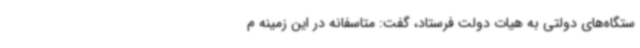
ستگاه‌های دولتی به هیات دولت فرستاد، گفت: متاسفانه در این زمینه م